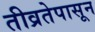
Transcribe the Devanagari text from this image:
तीव्रतेपासून